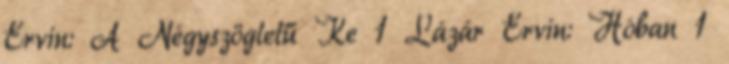
Ervin: A Négyszögletű Ke 1 Lázár Ervin: Hóban 1